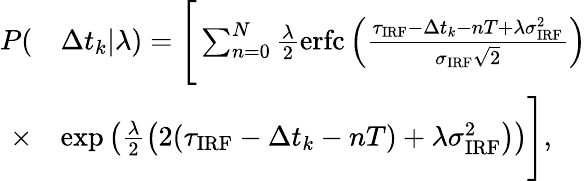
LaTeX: \begin{array}{rl}{P(}&{\Delta t_{k}|\lambda)=\Bigg[\sum_{n=0}^{N}\frac{\lambda}{2}\mathrm{erfc}\left(\frac{\tau_{\mathrm{IRF}}-\Delta t_{k}-nT+\lambda\sigma_{\mathrm{IRF}}^{2}}{\sigma_{\mathrm{IRF}}\sqrt{2}}\right)}\\ {\times}&{\exp\left(\frac{\lambda}{2}\left(2(\tau_{\mathrm{IRF}}-\Delta t_{k}-nT)+\lambda\sigma_{\mathrm{IRF}}^{2}\right)\right)\Bigg],}\end{array}